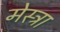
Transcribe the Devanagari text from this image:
मेस्ट्रा